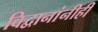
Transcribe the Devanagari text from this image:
विद्वानांनीही